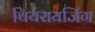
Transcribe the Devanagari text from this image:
थियरायजिंग